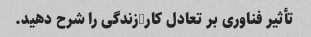
تأثیر فناوری بر تعادل کار/زندگی را شرح دهید.